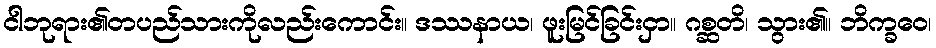
ငါဘုရား၏တပည်သားကိုလည်းကောင်း။ ဒဿနာယ၊ ဖူးမြင်ခြင်းငှာ။ ဂစ္ဆတိ၊ သွား၏။ ဘိက္ခဝေ၊